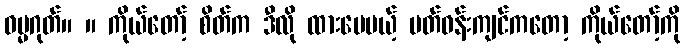
ဓမ္မဂုတ်။ ။ ကိုယ်တော့် စိတ်က ဒီလို ထားပေမယ့် ပတ်ဝန်းကျင်ကတော့ ကိုယ်တော့်ကို